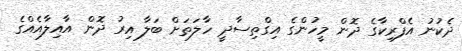
ދެކުނު އެފްރިކާގެ ދޮން މީހުންގެ އިގްތިސާދީ ހާލަތަށް ބަލާ އިރު ދޮން އާއިލާއެއްގެ